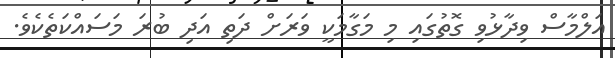
އަލްމާސް ވިދާޅުވި ގޮތުގައި މި މަގާމަކީ ވަރަށް ދަތި އަދި ބުރަ މަސައްކަތެކެވެ.